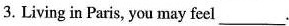
3. Living in Paris, you may feel___